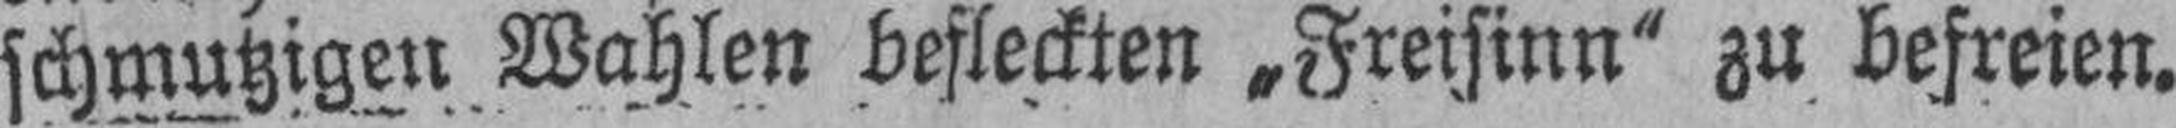
schmutzigen Wahlen befleckten „Freisinn“ zu befreien.